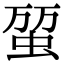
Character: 𧊪